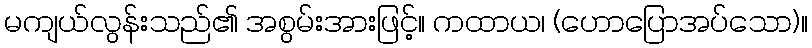
မကျယ်လွန်းသည်၏ အစွမ်းအားဖြင့်။ ကထာယ၊ (ဟောပြောအပ်သော)။